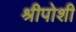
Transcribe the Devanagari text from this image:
श्रीपोशी